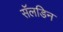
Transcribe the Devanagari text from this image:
सॅलडिन